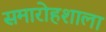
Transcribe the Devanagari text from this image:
समारोहशाला